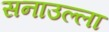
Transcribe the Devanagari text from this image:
सनाउल्ला